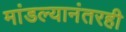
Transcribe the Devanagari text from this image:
मांडल्यानंतरही